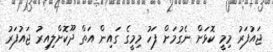
ޖައުފަރު މިމީ ކޮޅަށް ނެގުމަށް ފަހު މިމީގެ ގައިން އަތް ދޫކޮށްލިއިރު ޖައުފަރު